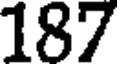
187